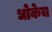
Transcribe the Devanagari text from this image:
धोकेच